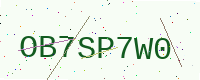
Text: OB7SP7W0